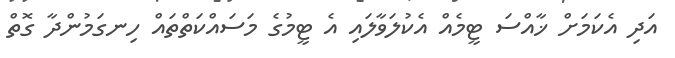
އަދި އެކަމަށް ޚާއްސަ ޓީމެއް އެކުލަވާލައި އެ ޓީމުގެ މަސައްކަތްތައް ހިނގަމުންދާ ގޮތް